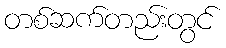
တစ်ဆက်တည်းတွင်